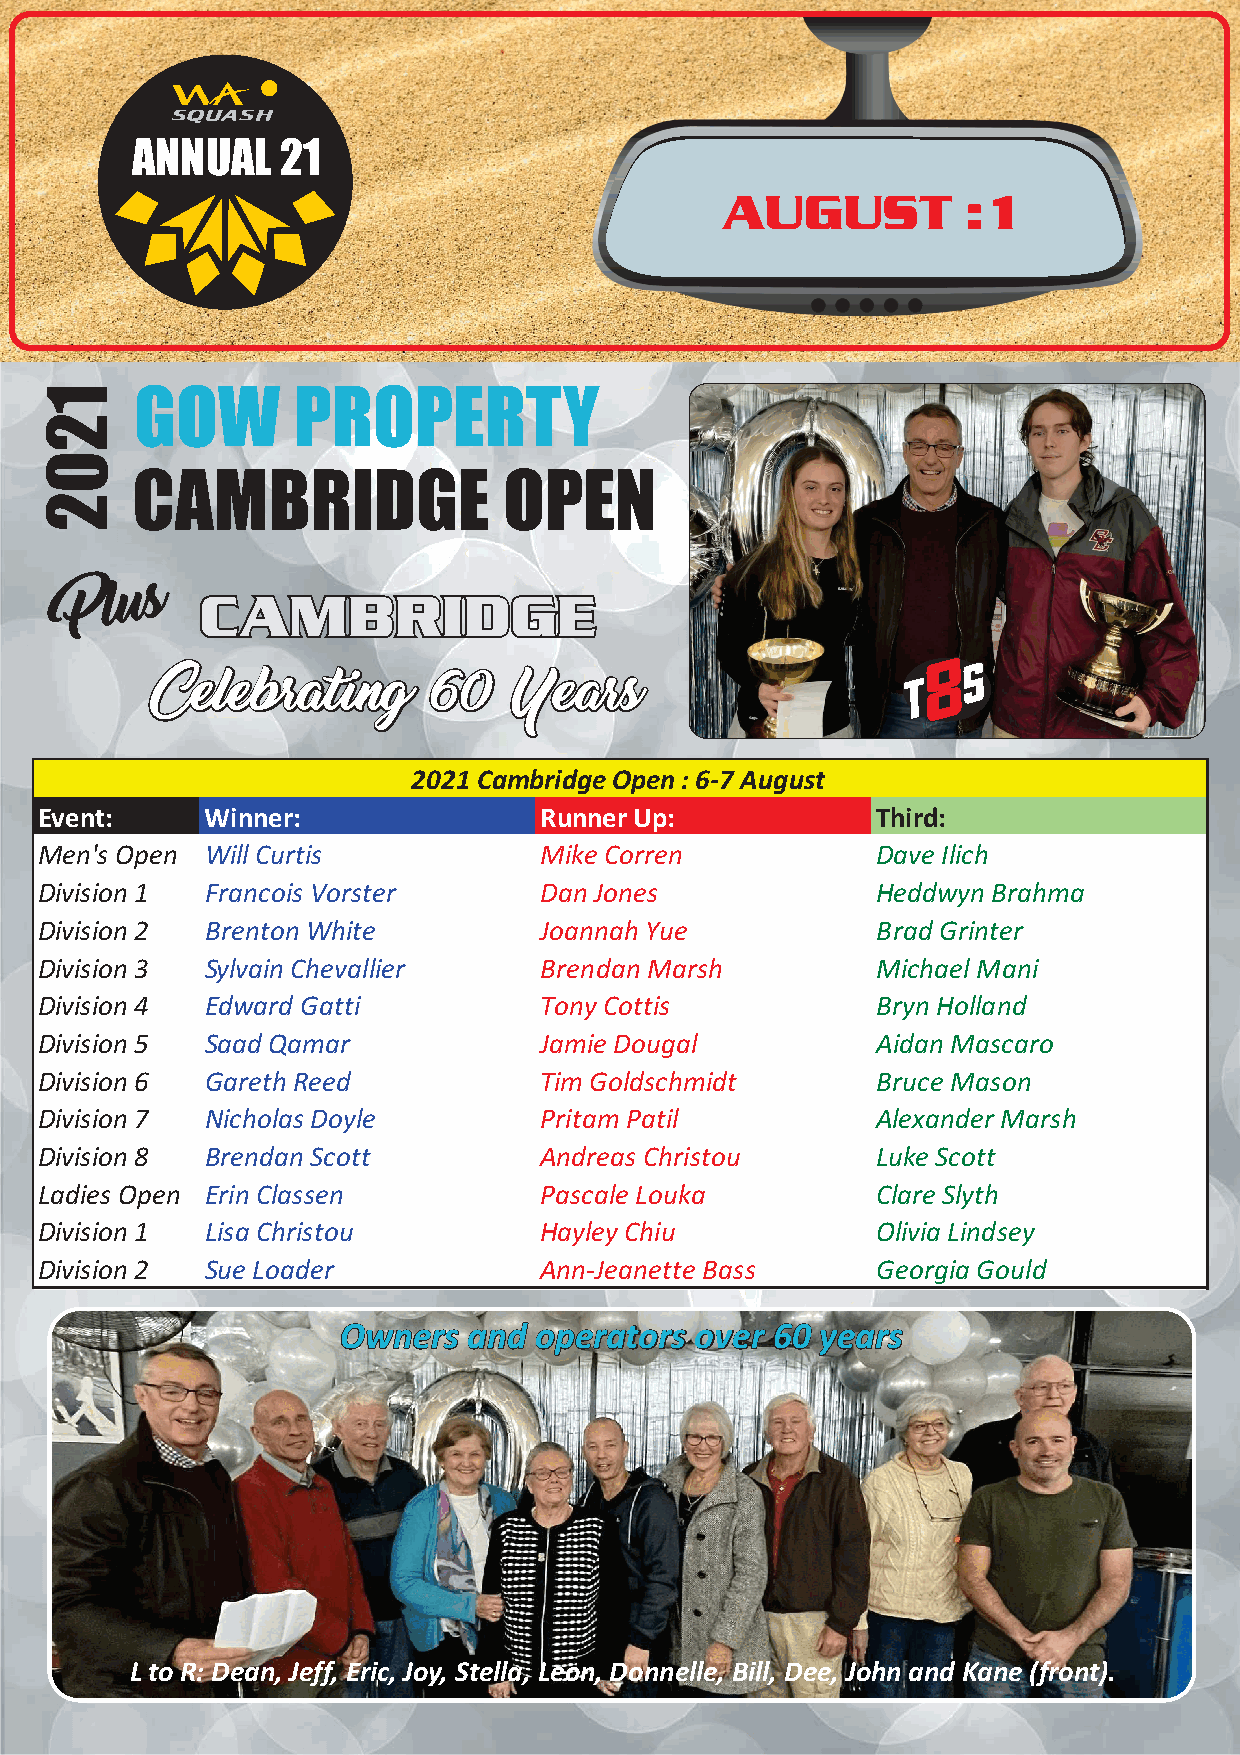
ANNUAL    21
 AUGUST          :1
 1     GOW       PROPERTY
 2
 0
 CAMBRIDGE               OPEN
 2
 P
 lu s  CAMBRIDGE
 8
 S
 Celebrating        60   Years
 2021 CambridgeOpen:6-7 August
 Event:     Winner:               RunnerUp:             Third:
 Men's Open WillCurtis            Mike Corren           Dave Ilich
 Division 1 Francois Vorster      Dan Jones             Heddwyn Brahma
 Division 2 Brenton White         Joannah Yue           Brad Grinter
 Division 3 Sylvain Chevallier    Brendan Marsh         MichaelMani
 Division 4 Edward Gatti          TonyCottis            Bryn Holland
 Division 5 Saad Qamar            Jamie Dougal          Aidan Mascaro
 Division 6 Gareth Reed           TimGoldschmidt        Bruce Mason
 Division 7 Nicholas Doyle        PritamPatil           Alexander Marsh
 Division 8 Brendan Scott         Andreas Christou      Luke Scott
 Ladies Open Erin Classen         Pascale Louka         Clare Slyth
 Division 1 Lisa Christou         HayleyChiu            Olivia Lindsey
 Division 2 Sue Loader            Ann-Jeanette Bass     Georgia Gould
 Owners   and operators  over 60 years
 L to R: Dean, Jeff, Eric, Joy, Stella, Leon, Donnelle, Bill, Dee, John and Kane (front).